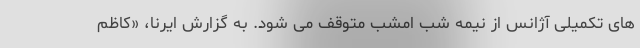
های تکمیلی آژانس از نیمه شب امشب متوقف می شود. به گزارش ایرنا، «کاظم